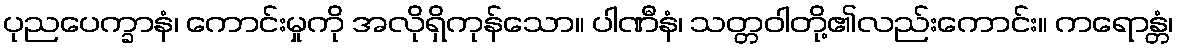
ပုညပေက္ခာနံ၊ ကောင်းမှုကို အလိုရှိကုန်သော။ ပါဏီနံ၊ သတ္တဝါတို့၏လည်းကောင်း။ ကရောန္တံ၊